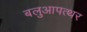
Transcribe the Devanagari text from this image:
बलुआपत्थर